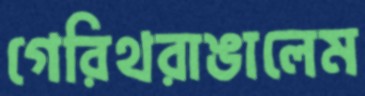
গেরিথরাঙালেম